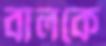
বালকে